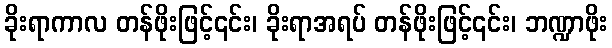
ခိုးရာကာလ တန်ဖိုးဖြင့်၎င်း၊ ခိုးရာအရပ် တန်ဖိုးဖြင့်၎င်း၊ ဘဏ္ဍာဖိုး